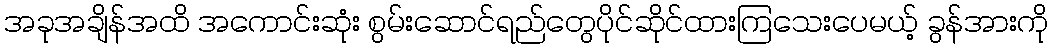
အခုအချိန်အထိ အကောင်းဆုံး စွမ်းဆောင်ရည်တွေပိုင်ဆိုင်ထားကြသေးပေမယ့် ခွန်အားကို